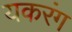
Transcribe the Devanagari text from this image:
यकरंग